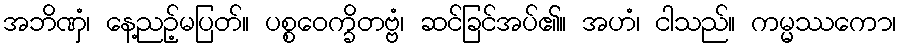
အဘိဏှံ၊ နေ့ညဉ့်မပြတ်။ ပစ္စဝေက္ခိတဗ္ဗံ၊ ဆင်ခြင်အပ်၏။ အဟံ၊ ငါသည်။ ကမ္မဿကော၊